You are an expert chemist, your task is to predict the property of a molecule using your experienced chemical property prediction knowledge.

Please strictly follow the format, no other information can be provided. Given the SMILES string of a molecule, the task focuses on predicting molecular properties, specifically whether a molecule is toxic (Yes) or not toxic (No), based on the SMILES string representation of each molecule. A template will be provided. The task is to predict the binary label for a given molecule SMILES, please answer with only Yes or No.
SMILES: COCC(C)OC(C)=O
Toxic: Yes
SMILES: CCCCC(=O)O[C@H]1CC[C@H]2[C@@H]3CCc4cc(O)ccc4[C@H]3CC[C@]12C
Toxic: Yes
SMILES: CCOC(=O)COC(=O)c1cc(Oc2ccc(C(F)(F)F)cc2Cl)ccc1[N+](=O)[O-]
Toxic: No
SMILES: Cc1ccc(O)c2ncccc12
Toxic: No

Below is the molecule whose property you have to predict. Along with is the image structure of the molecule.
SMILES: CCCC[N+]1(C)[C@H]2C[C@H](OC(=O)[C@H](CO)c3ccccc3)C[C@@H]1[C@H]1O[C@@H]21
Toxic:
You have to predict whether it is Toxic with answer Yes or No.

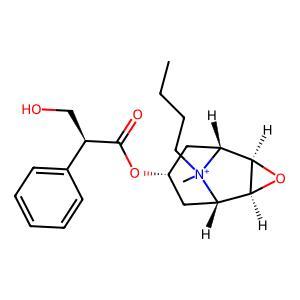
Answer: No